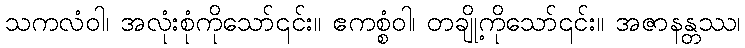
သကလံဝါ၊ အလုံးစုံကိုသော်၎င်း။ ဧကစ္စံဝါ၊ တချို့ကိုသော်၎င်း။ အဇာနန္တဿ၊